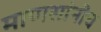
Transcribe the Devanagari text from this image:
माणसांनीच